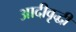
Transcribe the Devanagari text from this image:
आदीवृद्धी